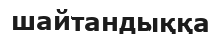
шайтандыққа